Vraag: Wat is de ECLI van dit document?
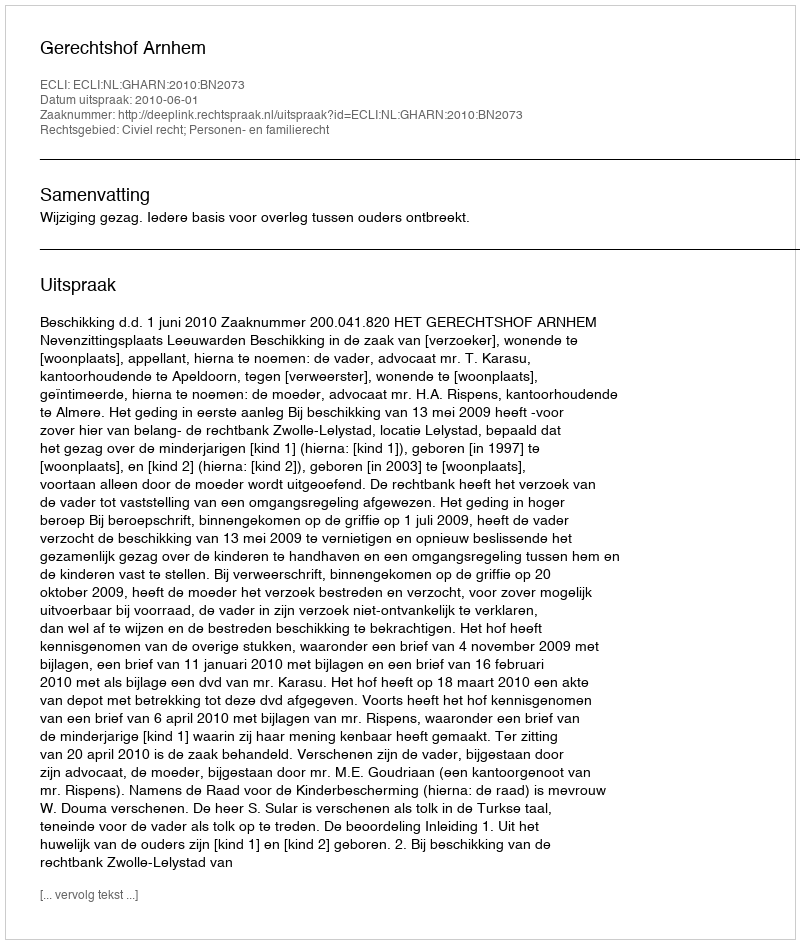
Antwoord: ECLI:NL:GHARN:2010:BN2073